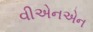
વીએનએન